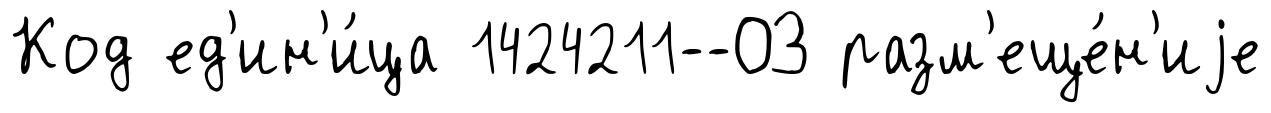
Код ед'ин'и́ца 1424211--ОЗ разм'еще́н'иjе